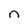
Character: n